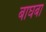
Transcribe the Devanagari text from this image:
बाघबा